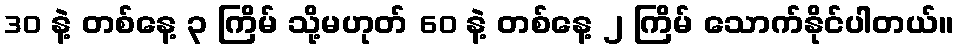
30 နဲ့ တစ်နေ့ ၃ ကြိမ် သို့မဟုတ် 60 နဲ့ တစ်နေ့ ၂ ကြိမ် သောက်နိုင်ပါတယ်။